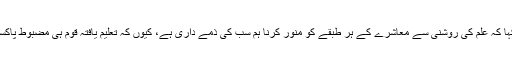
عبدالجمیل خان نے کہا کہ علم کی روشنی سے معاشرے کے ہر طبقے کو منور کرنا ہم سب کی ذمے داری ہے، کیوں کہ تعلیم یافتہ قوم ہی مضبوط پاکستان کی ضمانت ہے۔